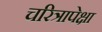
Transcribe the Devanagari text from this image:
चरित्रापेक्षा